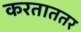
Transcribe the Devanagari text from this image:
करताततर